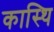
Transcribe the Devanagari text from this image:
कास्थि